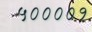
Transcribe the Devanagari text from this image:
५००००१